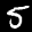
Label: 5